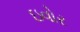
ઇવોર